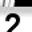
Digit: 2